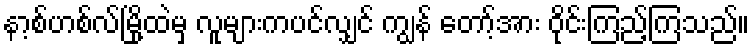
နာ့စ်ဟစ်လ်မြို့ထဲမှ လူများကပင်လျှင် ကျွန် တော့်အား ဝိုင်းကြည့်ကြသည်။